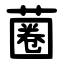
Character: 蔨